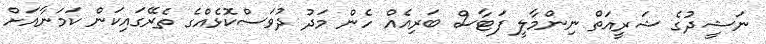
ނަޝީދުގެ ޝަރީއަތް ނިންމާލީ ފަޓާސް ބަރިއެއް ހެން މަދު ދުވަސްކޮޅެއްގެ ތެރޭގައިކަން ކަމަނާއަށް